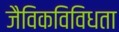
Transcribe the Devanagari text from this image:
जैविकविविधता